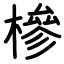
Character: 槮